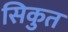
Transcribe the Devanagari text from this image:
सिकुत